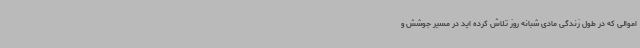
اموالی که در طول زندگی مادی شبانه روز تلاش کرده اید در مسیر جوشش و